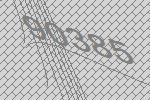
90385